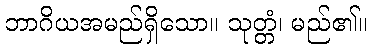
ဘာဂိယအမည်ရှိသော။ သုတ္တံ၊ မည်၏။